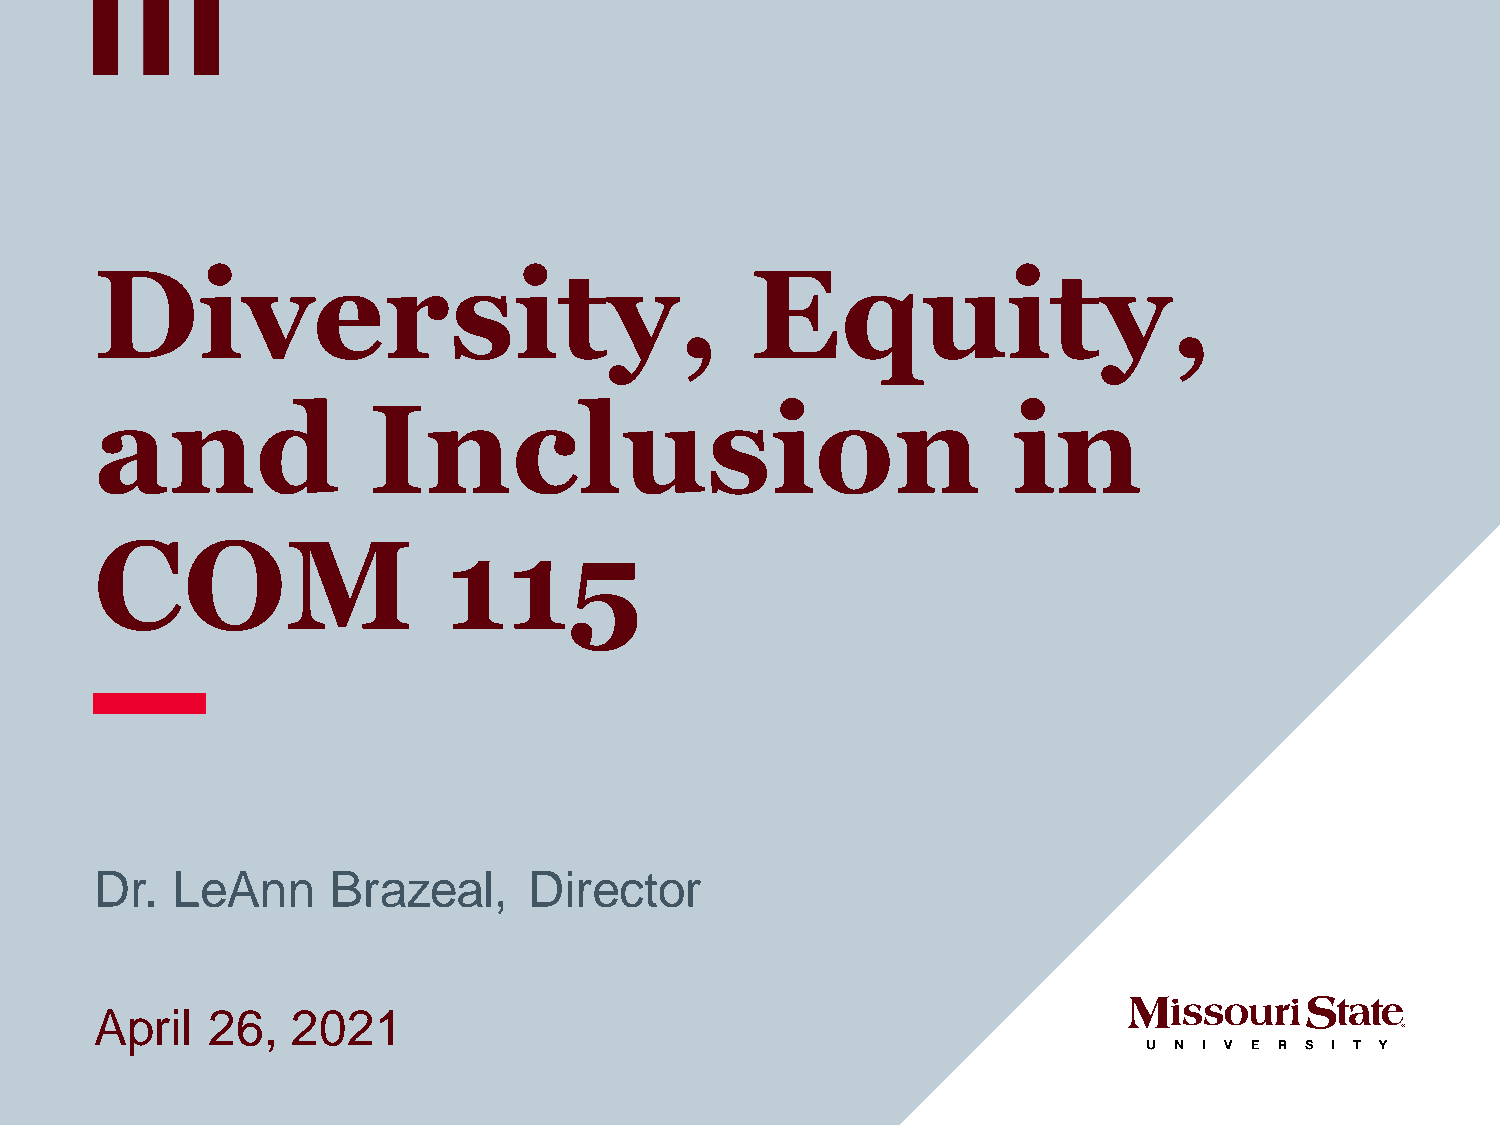
Diversity,                                  Equity,
 and               Inclusion                                  in
 COM                     115
 Dr.  LeAnn      Brazeal,     Director
 April   26,  2021